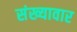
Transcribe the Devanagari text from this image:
संख्यावार